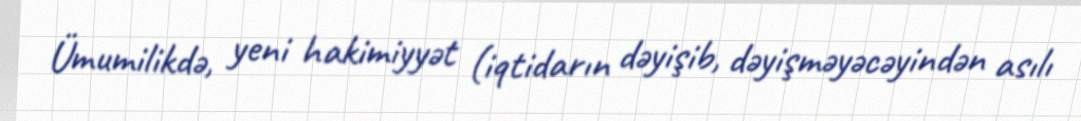
Ümumilikdə, yeni hakimiyyət (iqtidarın dəyişib, dəyişməyəcəyindən asılı